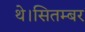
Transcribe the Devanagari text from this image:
थे।सितम्बर